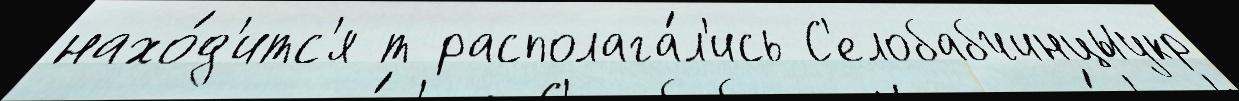
нахо́д'итс'я т располага́л'ись С'елобабчинцыукр